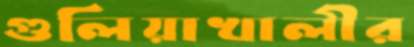
গুলিয়াখালীর